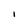
Character: I